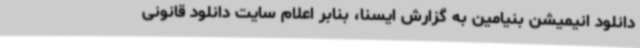
دانلود انیمیشن بنیامین به گزارش ایسنا، بنابر اعلام سایت دانلود قانونی